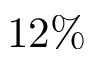
1 2 \%